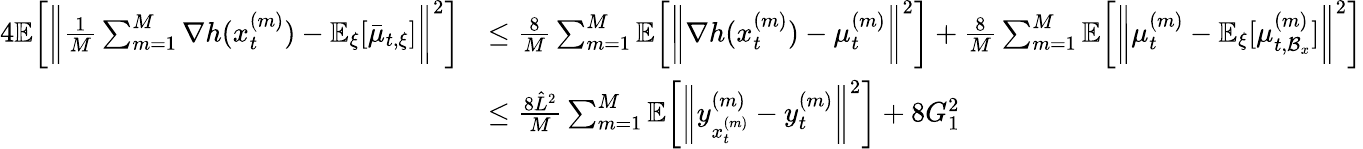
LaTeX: \begin{array}{rl}{4\mathbb{E}\bigg[\bigg\| \frac{1}{M}\sum_{m=1}^{M}\nabla h(x_{t}^{(m)})-\mathbb{E}_{\xi}[\bar{\mu}_{t,\xi}]\bigg\| ^{2}\bigg]}&{\leq\frac{8}{M}\sum_{m=1}^{M}\mathbb{E}\bigg[\bigg\| \nabla h(x_{t}^{(m)})-\mu_{t}^{(m)}\bigg\| ^{2}\bigg]+\frac{8}{M}\sum_{m=1}^{M}\mathbb{E}\bigg[\bigg\| \mu_{t}^{(m)}-\mathbb{E}_{\xi}[\mu_{t,\mathcal{B}_{x}}^{(m)}]\bigg\| ^{2}\bigg]}\\ &{\leq\frac{8\hat{L}^{2}}{M}\sum_{m=1}^{M}\mathbb{E}\bigg[\bigg\| y_{x_{t}^{(m)}}^{(m)}-y_{t}^{(m)}\bigg\| ^{2}\bigg]+8G_{1}^{2}}\end{array}